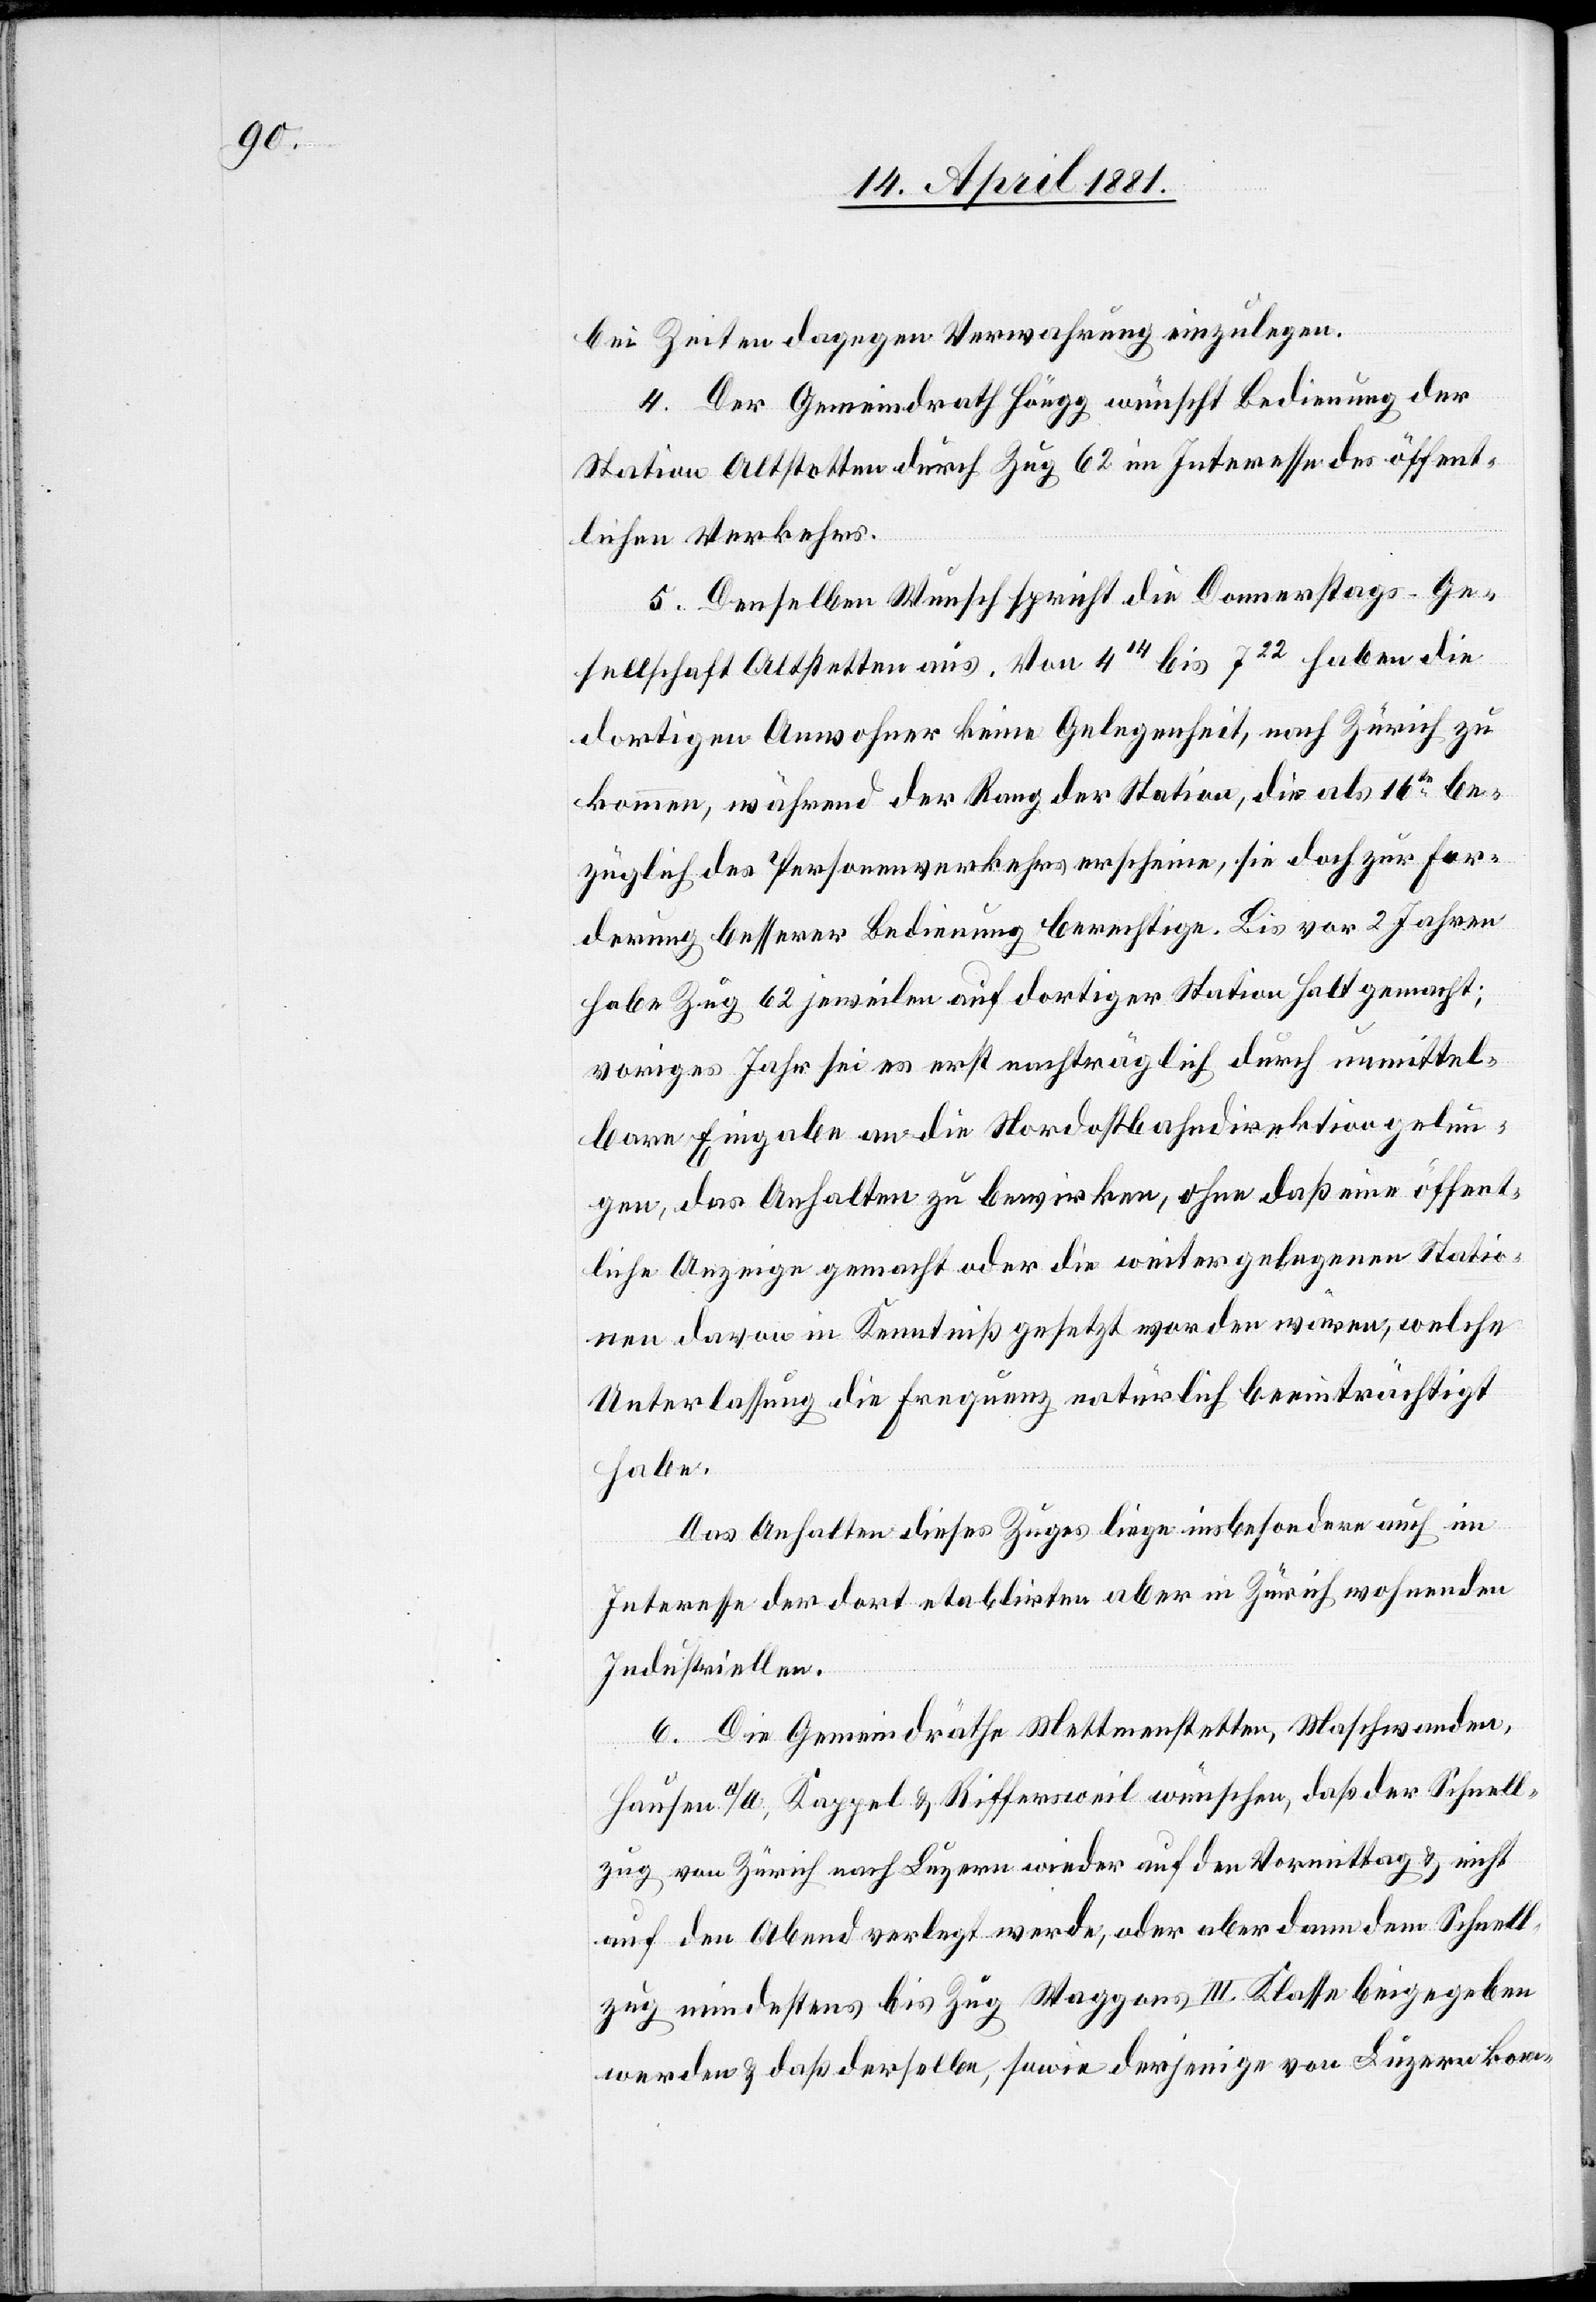
bei Zeiten dagegen Verwahrung einzulegen.
4. Der Gemeindrath Höngg wünscht Bedienung der
Station Altstetten durch Zug 62 im Interesse des öffent¬
lichen Verkehrs.
5. Denselben Wunsch spricht die Donnerstags-Ge¬
sellschaft Altstetten aus. Von 414 bis 722 haben die
dortigen Anwohner keine Gelegenheit, nach Zürich zu
kommen, während der Rang der Station, die als 16te be¬
züglich des Personenverkehrs erscheine, sie doch zur For¬
derung besserer Bedingung berechtige. Bis vor 2 Jahren
habe Zug 62 jeweilen auf dortiger Station Halt gemacht;
voriges Jahr sei es erst nachträglich durch unmittel¬
bare Eingabe an die Nordostbahndirektion gelun¬
gen, das Anhalten zu bewirken, ohne daß eine öffent¬
liche Anzeige gemacht oder die weiter gelegenen Statio¬
nen davon in Kenntnis gesetzt worden wären, welche
Unterlassung die Frequenz natürlich beeinträchtig
habe.
Das Anhalten dieses Zuges liege insbesondere auch im
Interesse der dort etablirten aber in Zürich wohnenden
Industriellen.
6. Die Gemeindräthe Mettmenstetten, Maschwanden,
Hausen a/A., Kappel & Riffersweil wünschen, daß der Schnell¬
zug von Zürich nach Luzern wieder auf den Vormittag & nicht
auf den Abend verlegt werde, oder aber dann dem Schnell¬
zug mindestens bis Zug Waggons III. Klasse beigegeben
werden & daß derselbe, sowie derjenige von Luzern kom-